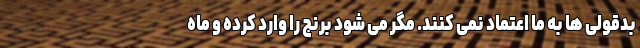
بدقولی ها به ما اعتماد نمی کنند. مگر می شود برنج را وارد کرده و ماه